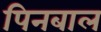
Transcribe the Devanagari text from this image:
पिनबाल